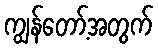
ကျွန်တော့်အတွက်